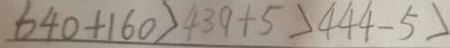
6 4 0 + 1 6 0 > 4 3 9 + 5 > 4 4 4 - 5 >